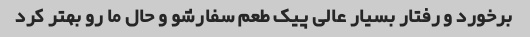
برخورد و رفتار بسیار عالی پیک طعم سفارشو و حال ما رو بهتر کرد